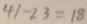
4 1 - 2 3 = 1 8